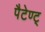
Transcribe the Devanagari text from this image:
पैटेण्ट्‍